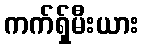
ကက်ရှ်မီးယား